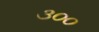
૩૦૦